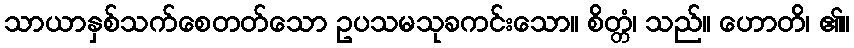
သာယာနှစ်သက်စေတတ်သော ဥပသမသုခကင်းသော။ စိတ္တံ၊ သည်။ ဟောတိ၊ ၏။